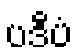
ပဒီပံ